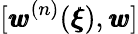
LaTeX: [{\pmb w}^{(n)}({\pmb\xi}),{\pmb w}]